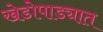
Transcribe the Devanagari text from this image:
खेडोपाड्यात